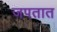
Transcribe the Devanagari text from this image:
जपतात